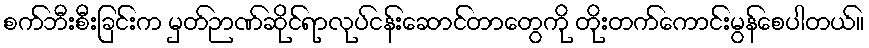
စက်ဘီးစီးခြင်းက မှတ်ဉာဏ်ဆိုင်ရာလုပ်ငန်းဆောင်တာတွေကို တိုးတက်ကောင်းမွန်စေပါတယ်။